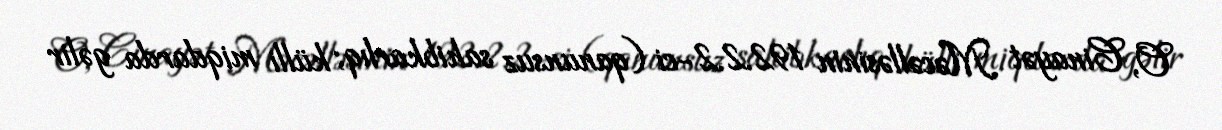
O, Cinayət Məcəlləsinin 192.2.2-ci (qanunsuz sahibkarlıq; külli miqdarda gəlir